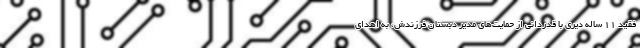
فقید 11 ساله دیری با قدردانی از حمایت‌های مدیر دبستان فرزندش، به اهدای